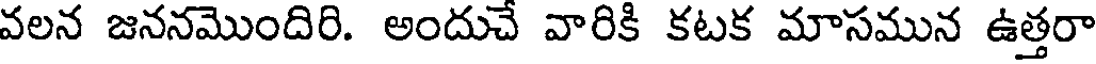
వలన జననమొందిరి. అందుచే వారికి కటక మాసమున ఉత్తరా